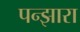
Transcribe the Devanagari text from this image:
पन्झारा